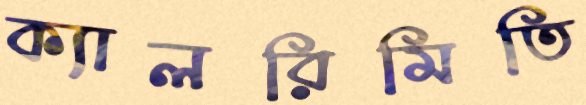
ক্যালরিমিতি